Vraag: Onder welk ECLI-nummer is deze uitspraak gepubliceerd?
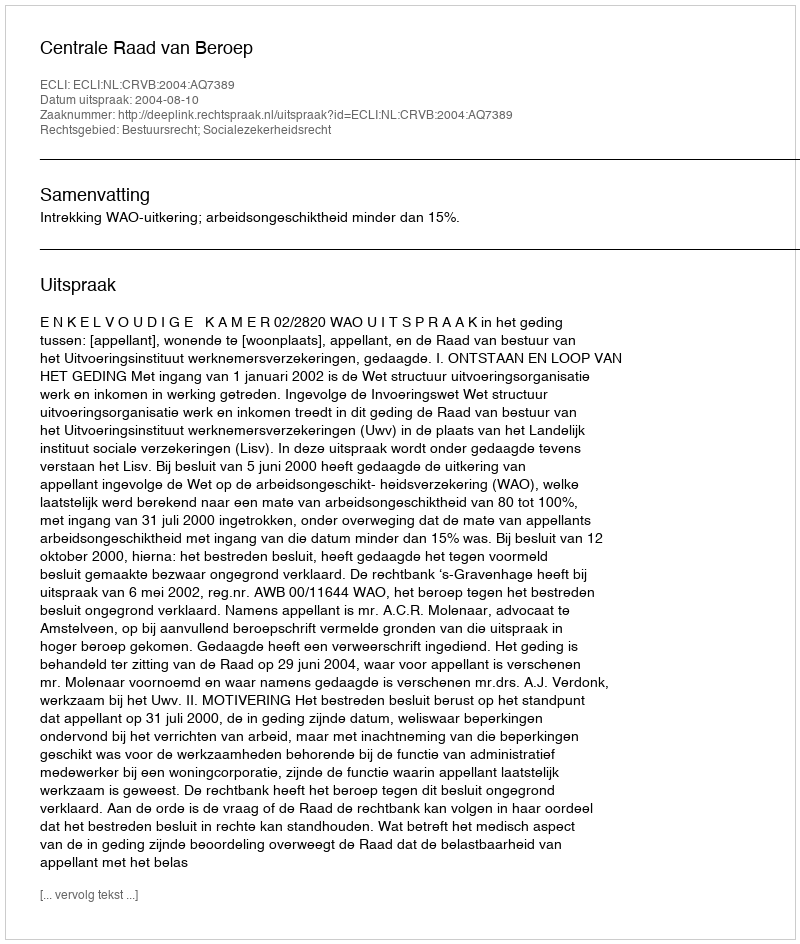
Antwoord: ECLI:NL:CRVB:2004:AQ7389